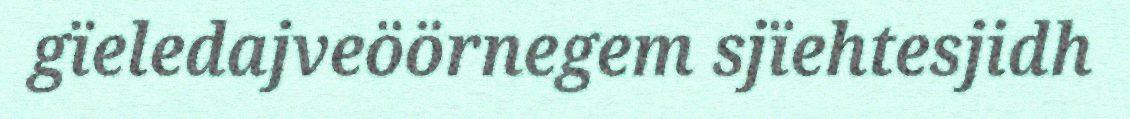
gïeledajveöörnegem sjïehtesjidh